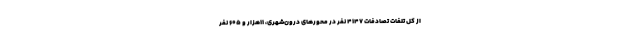
از کل تلفات تصادفات ۴۱۴۷ نفر در محورهای درون‌شهری، ۱۱هزار و ۶۰۵ نفر